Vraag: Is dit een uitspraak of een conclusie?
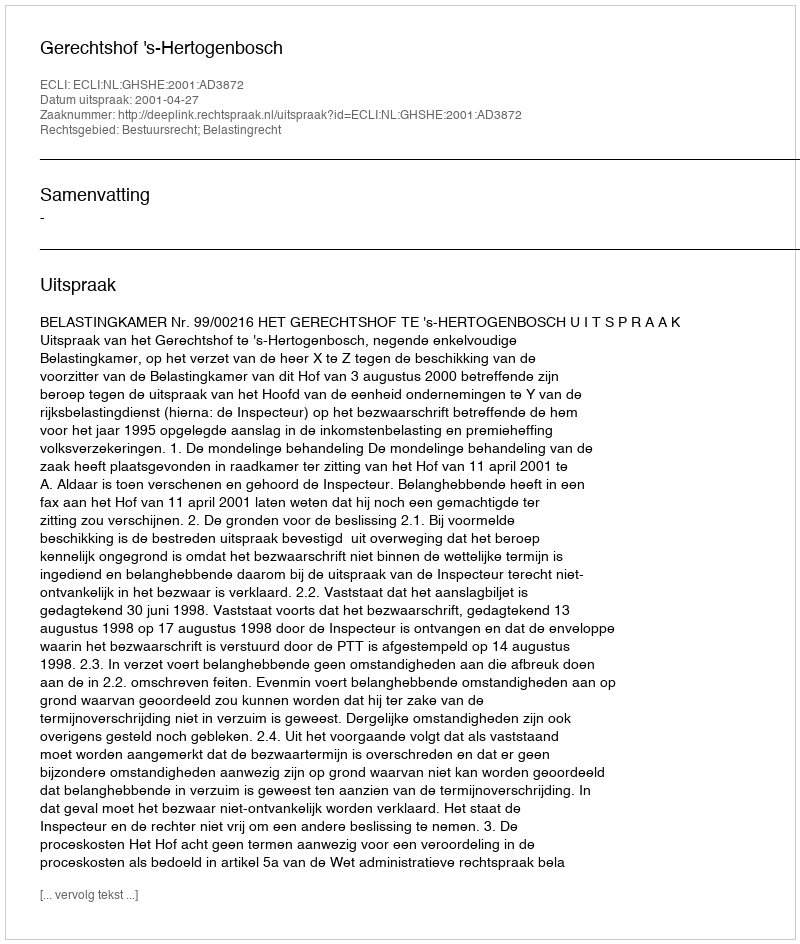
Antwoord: Uitspraak